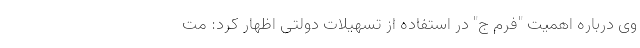
وی درباره اهمیت "فرم ج" در استفاده از تسهیلات دولتی اظهار کرد: مت